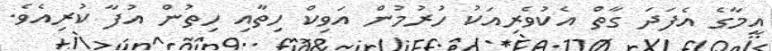
އީމާގެ އެފަދަ ގާތް އެކުވެރިއަކު ހުރުމުން އަވިކް ހިތާއި ހިތުން އުފާ ކުރިއެވެ.